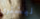
ليشتري